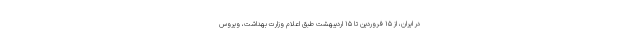
در ایران، از ۱۵ فروردین تا ۱۵ اردیبهشت طبق اعلام وزارت بهداشت، ویروس